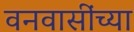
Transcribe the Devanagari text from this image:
वनवासींच्या